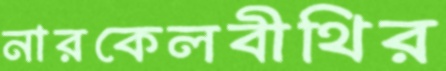
নারকেলবীথির